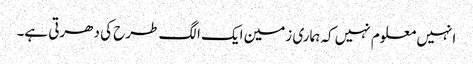
انہیں معلوم نہیں کہ ہماری زمین ایک الگ طرح کی دھرتی ہے۔